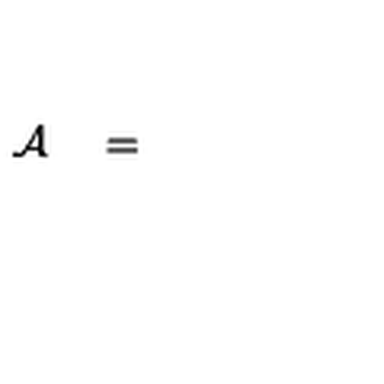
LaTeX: { \cal A } \quad = \quad